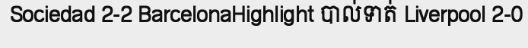
Sociedad 2-2 BarcelonaHighlight បាល់ទាត់ Liverpool 2-0